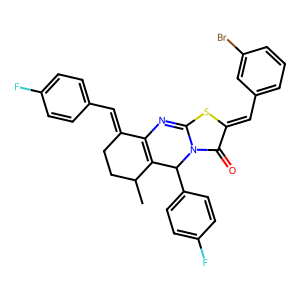
SMILES: CC1CCC(=Cc2ccc(F)cc2)C2=C1C(c1ccc(F)cc1)n1c(sc(=Cc3cccc(Br)c3)c1=O)=N2
Inhibits HIV replication: No